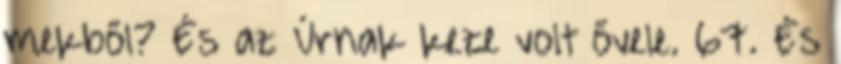
mekből? És az Úrnak keze volt ővele. 67. És